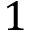
1